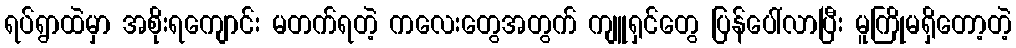
ရပ်ရွာထဲမှာ အစိုးရကျောင်း မတက်ရတဲ့ ကလေးတွေအတွက် ကျူရှင်တွေ ပြန်ပေါ်လာပြီး မူကြိုမရှိတော့တဲ့